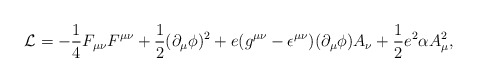
\begin{align*}{\cal L} = -\frac{1}{4}F_{\mu\nu}F^{\mu\nu} + \frac{1}{2}(\partial_{\mu}\phi)^2 + e(g^{\mu\nu} - \epsilon^{\mu\nu})(\partial_{\mu}\phi)A_{\nu} + \frac{1}{2}e^2\alpha A_{\mu}^2,\end{align*}